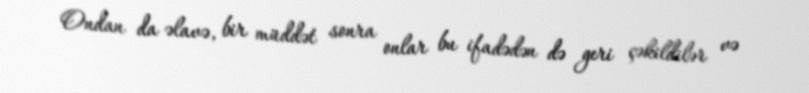
Ondan da əlavə, bir müddət sonra onlar bu ifadədən də geri çəkildilər və